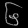
Digit: ၆